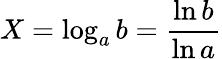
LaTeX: X=\log_{a}b={\frac{\ln b}{\ln a}}